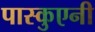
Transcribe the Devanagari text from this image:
पास्कुएनी